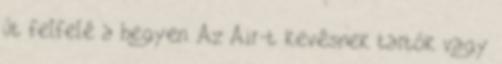
út felfelé a hegyen. Az Air-t kevésnek tartók vagy